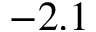
- 2 . 1